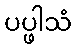
ပပ္ဖါသံ